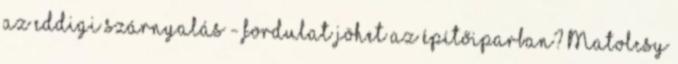
az eddigi szárnyalás - fordulat jöhet az építőiparban? Matolcsy